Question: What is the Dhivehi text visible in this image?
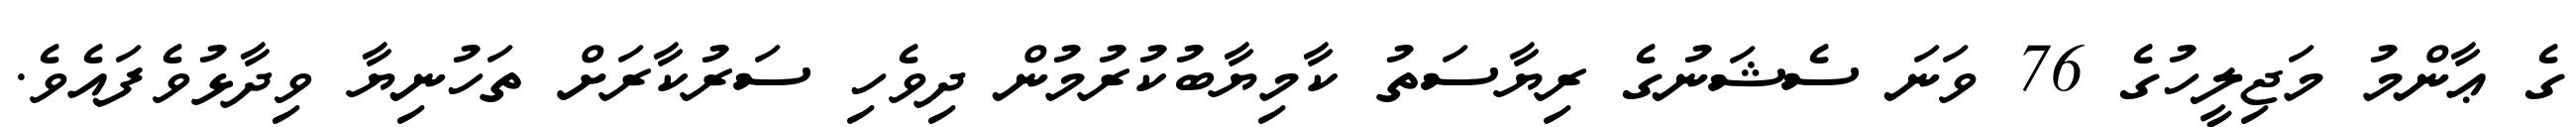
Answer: ގެ ޢާންމު މަޖިލީހުގެ 76 ވަނަ ސެޝަނުގެ ރިޔާސަތު ކާމިޔާބުކުރުމުން ދިވެހި ސަރުކާރަށް ތަހުނިޔާ ވިދާޅުވެފައެވެ.